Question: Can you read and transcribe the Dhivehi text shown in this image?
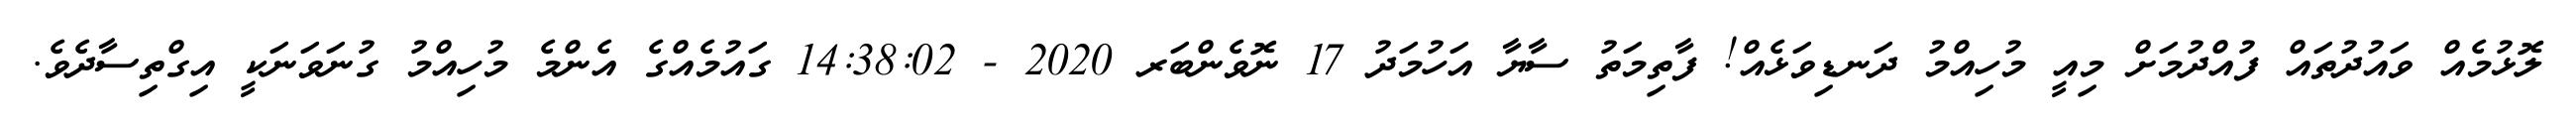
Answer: ލޮޅުމެއް ވައުދުތައް ފުއްދުމަށް މިއީ މުހިއްމު ދަނޑިވަޅެއް! ފާތިމަތު ސާޔާ އަހުމަދު 17 ނޮވެންބަރ 2020 - 14:38:02 ގައުމެއްގެ އެންމެ މުހިއްމު ގުނަވަނަކީ އިގްތިސާދެވެ.